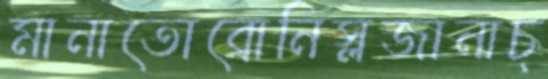
মানাতোব্রোনিস্লজানাচ্